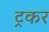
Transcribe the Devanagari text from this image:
ट्रकर